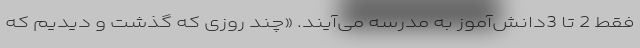
فقط 2 تا 3دانش‌آموز به مدرسه می‌آیند. «چند روزی که گذشت و دیدیم که